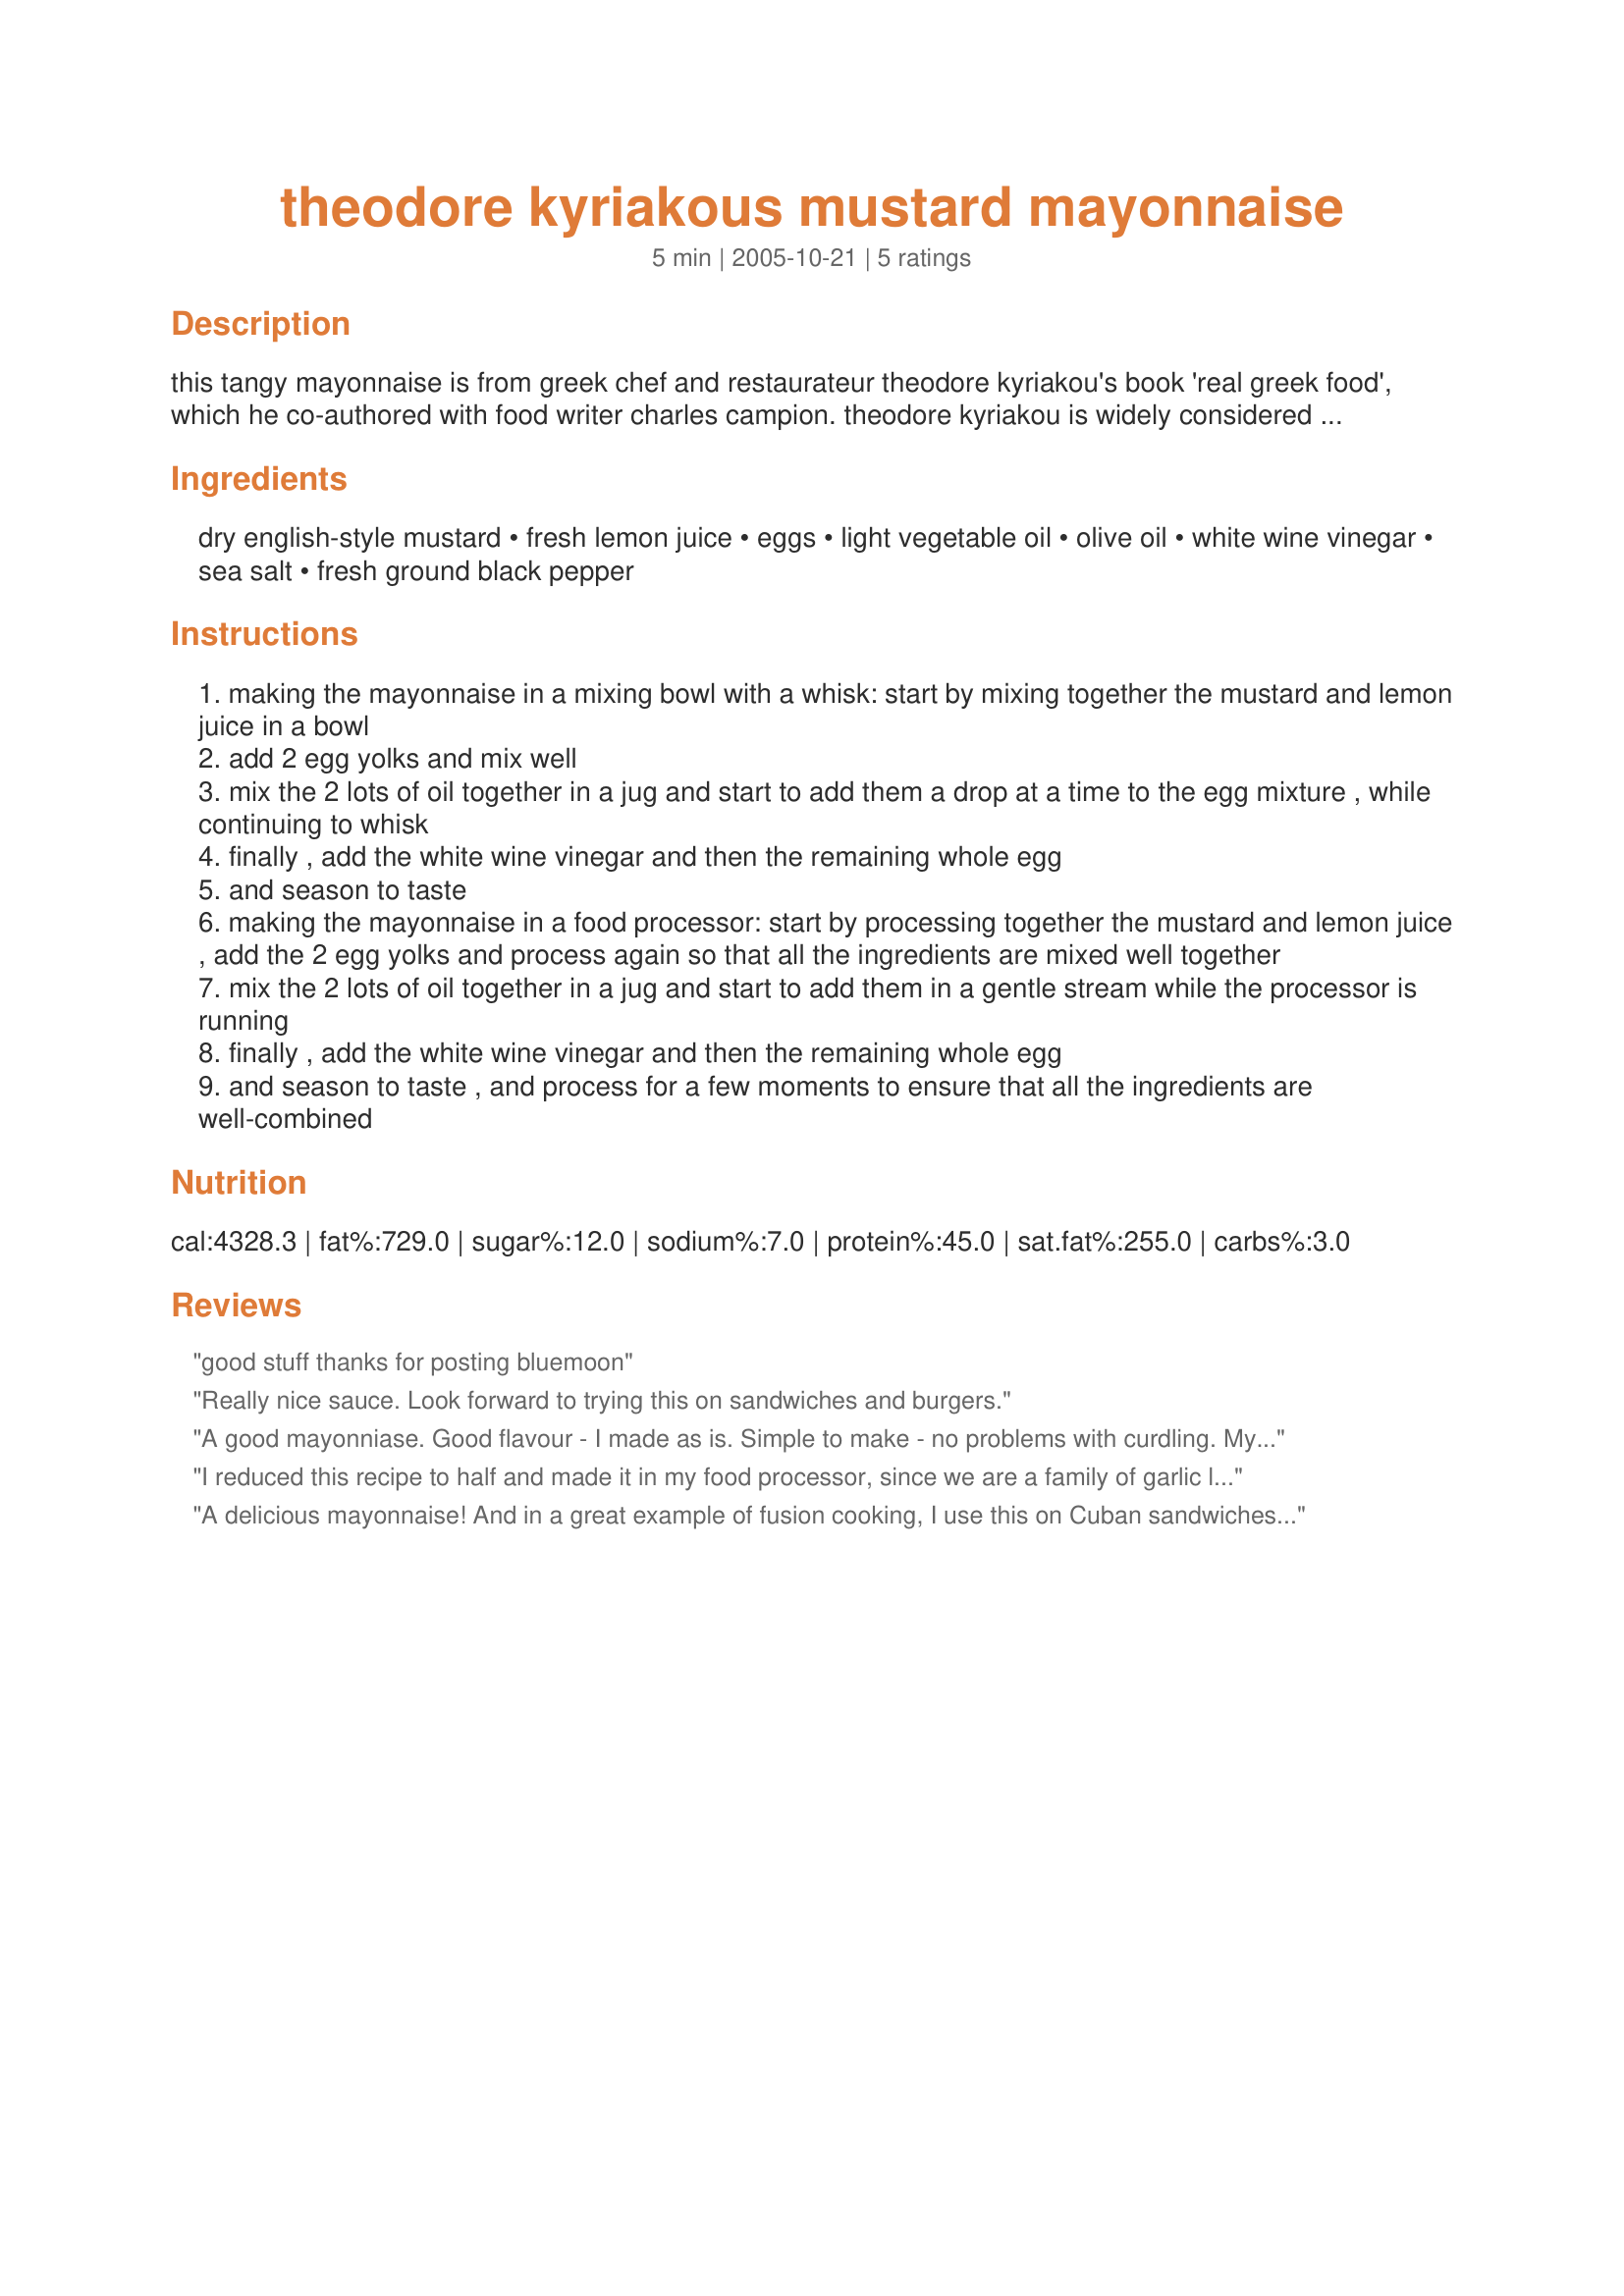
theodore kyriakous mustard mayonnaise
Preparation time: 5 minutes

this tangy mayonnaise is from greek chef and restaurateur theodore kyriakou's book 'real greek food', which he co-authored with food writer charles campion. theodore kyriakou is widely considered to be the finest greek chef in britain. i am posting this recipe for the 2005 zaar world tour.

Ingredients:
dry english-style mustard, fresh lemon juice, eggs, light vegetable oil, olive oil, white wine vinegar, sea salt, fresh ground black pepper

Steps:
making the mayonnaise in a mixing bowl with a whisk: start by mixing together the mustard and lemon juice in a bowl
add 2 egg yolks and mix well
mix the 2 lots of oil together in a jug and start to add them a drop at a time to the egg mixture , while continuing to whisk
finally , add the white wine vinegar and then the remaining whole egg
and season to taste
making the mayonnaise in a food processor: start by processing together the mustard and lemon juice , add the 2 egg yolks and process again so that all the ingredients are mixed well together
mix the 2 lots of oil together in a jug and start to add them in a gentle stream while the processor is running
finally , add the white wine vinegar and then the remaining whole egg
and season to taste , and process for a few moments to ensure that all the ingredients are well-combined

Reviews:
good stuff thanks for posting bluemoon
Really nice sauce. Look forward to trying this on sandwiches and burgers.
A good mayonniase. Good flavour - I made as is. Simple to make - no problems with curdling. My only suggestion is that if you use a stick blender, as I did, use an enormous bowl or have a friend standing by pouring the oil in. I'm still washing the ceiling!
I reduced this recipe to half and made it in my food processor, since we are a family of garlic lovers I also added in some fresh garlic, I might make this using only vegetable oil and reduce the amounts of oil slighty the next time I make it though...thanks bluemoon!...Kitten:)
A delicious mayonnaise! And in a great example of fusion cooking, I use this on Cuban sandwiches and the combo is yummy! Thanks, Bluemoon!
